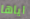
اياها